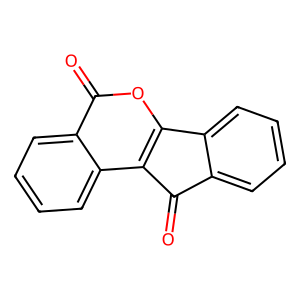
SMILES: O=C1c2ccccc2-c2oc(=O)c3ccccc3c21
Inhibits HIV replication: No